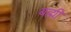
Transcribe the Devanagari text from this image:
बह्मी